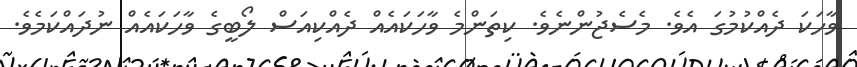
ވާހަކަ ދެއްކުމުގަ އެވެ. މެސެޖުންނެވެ. ކިތަންމެ ވާހަކައެއް ދެއްކިއަސް ލޯބީގެ ވާހަކައެއް ނުދައްކަމެވެ.